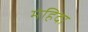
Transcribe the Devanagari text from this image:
मंहिदा